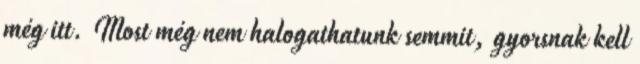
még itt. Most még nem halogathatunk semmit, gyorsnak kell